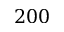
2 0 0